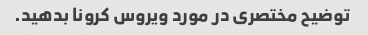
توضیح مختصری در مورد ویروس کرونا بدهید.